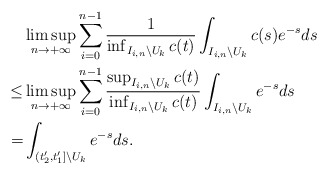
\begin{align*}&\limsup_{n\to+\infty}\sum_{i=0}^{n-1}\frac{1}{\inf_{I_{i,n}\backslash U_k}c(t)}\int_{I_{i,n}\backslash U_k}c(s)e^{-s}ds \\\le&\limsup_{n\to+\infty}\sum_{i=0}^{n-1}\frac{\sup_{I_{i,n}\backslash U_k}c(t)}{\inf_{I_{i,n}\backslash U_k}c(t)}\int_{I_{i,n}\backslash U_k}e^{-s}ds\\=&\int_{(t'_2,t'_1]\backslash U_k}e^{-s}ds.\end{align*}